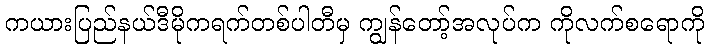
ကယားပြည်နယ်ဒီမိုကရက်တစ်ပါတီမှ ကျွန်တော့်အလုပ်က ကိုလက်စရောကို